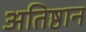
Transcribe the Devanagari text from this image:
अतिष्ठान